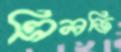
ত্রিলজি